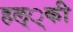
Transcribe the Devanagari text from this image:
हल््की